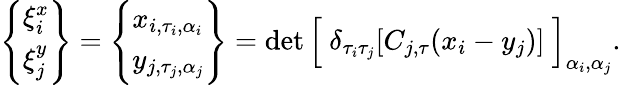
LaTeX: \begin{array}{r}{\Bigg\{ \begin{array}{l}{\xi_{i}^{x}}\\ {\xi_{j}^{y}}\end{array}\Bigg\} =\Bigg\{ \begin{array}{l}{x_{i,\tau_{i},\alpha_{i}}}\\ {y_{j,\tau_{j},\alpha_{j}}}\end{array}\Bigg\} =\operatorname*{det}\Big[\ \delta_{\tau_{i}\tau_{j}}[C_{j,\tau}(x_{i}-y_{j})]\ \Big]_{\alpha_{i},\alpha_{j}}.}\end{array}